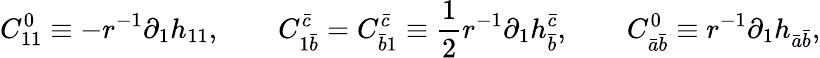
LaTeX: C_{11}^{0}\equiv-r^{-1}\partial_{1}h_{11},\qquad C_{1\bar{b}}^{\bar{c}}=C_{\bar{b}1}^{\bar{c}}\equiv{\frac{1}{2}}r^{-1}\partial_{1}h_{\bar{b}}^{\bar{c}},\qquad C_{\bar{a}\bar{b}}^{0}\equiv r^{-1}\partial_{1}h_{\bar{a}\bar{b}},